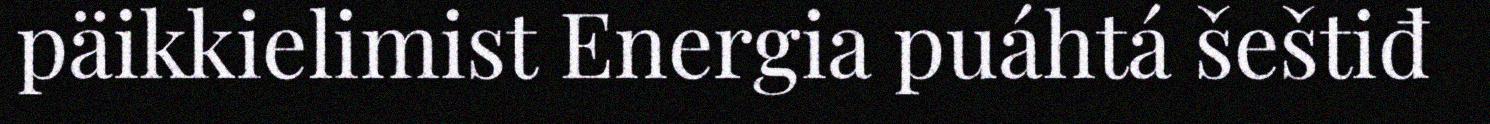
päikkielimist Energia puáhtá šeštiđ